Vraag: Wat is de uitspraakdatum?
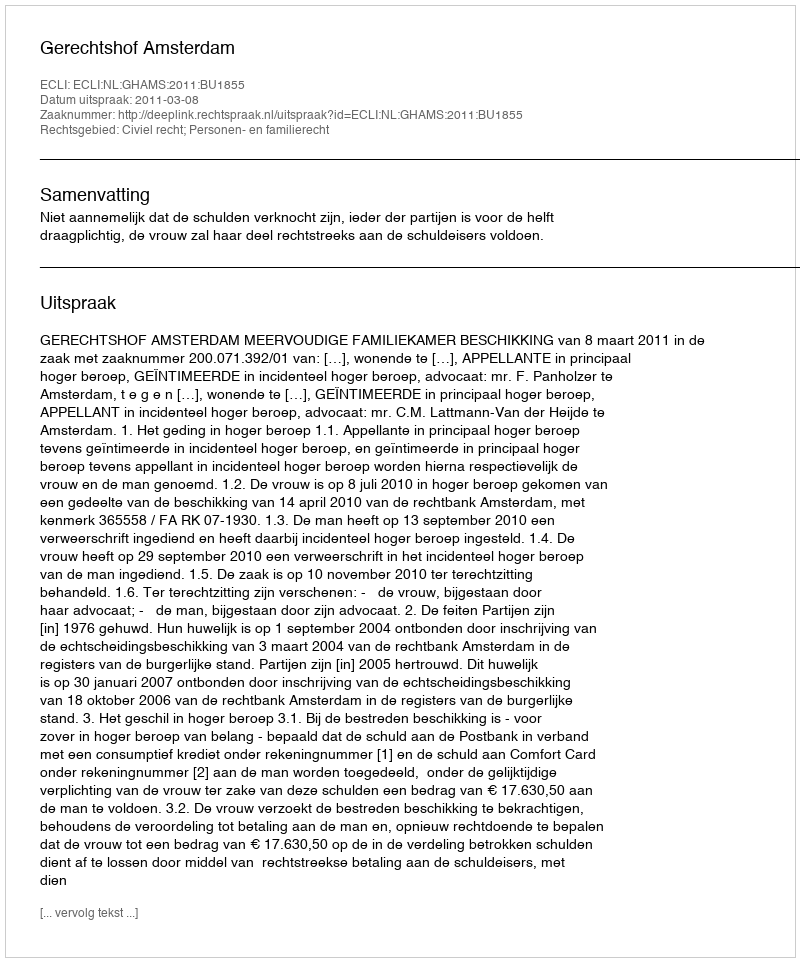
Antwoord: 2011-03-08